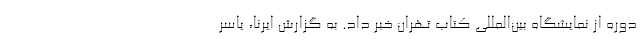
دوره از نمایشگاه بین‌المللی کتاب تهران خبر داد. به گزارش ایرنا، یاسر